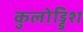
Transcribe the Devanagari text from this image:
कुलोड्डिश